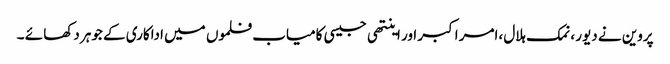
پروین نے دیور ،نمک ہلال ،امر اکبر اور اینتھی جیسی کامیاب فلموں میں اداکاری کے جوہر دکھا ئے ۔